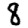
Digit: 8